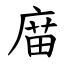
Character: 庿